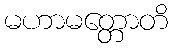
မဟာမတ္တောတိ